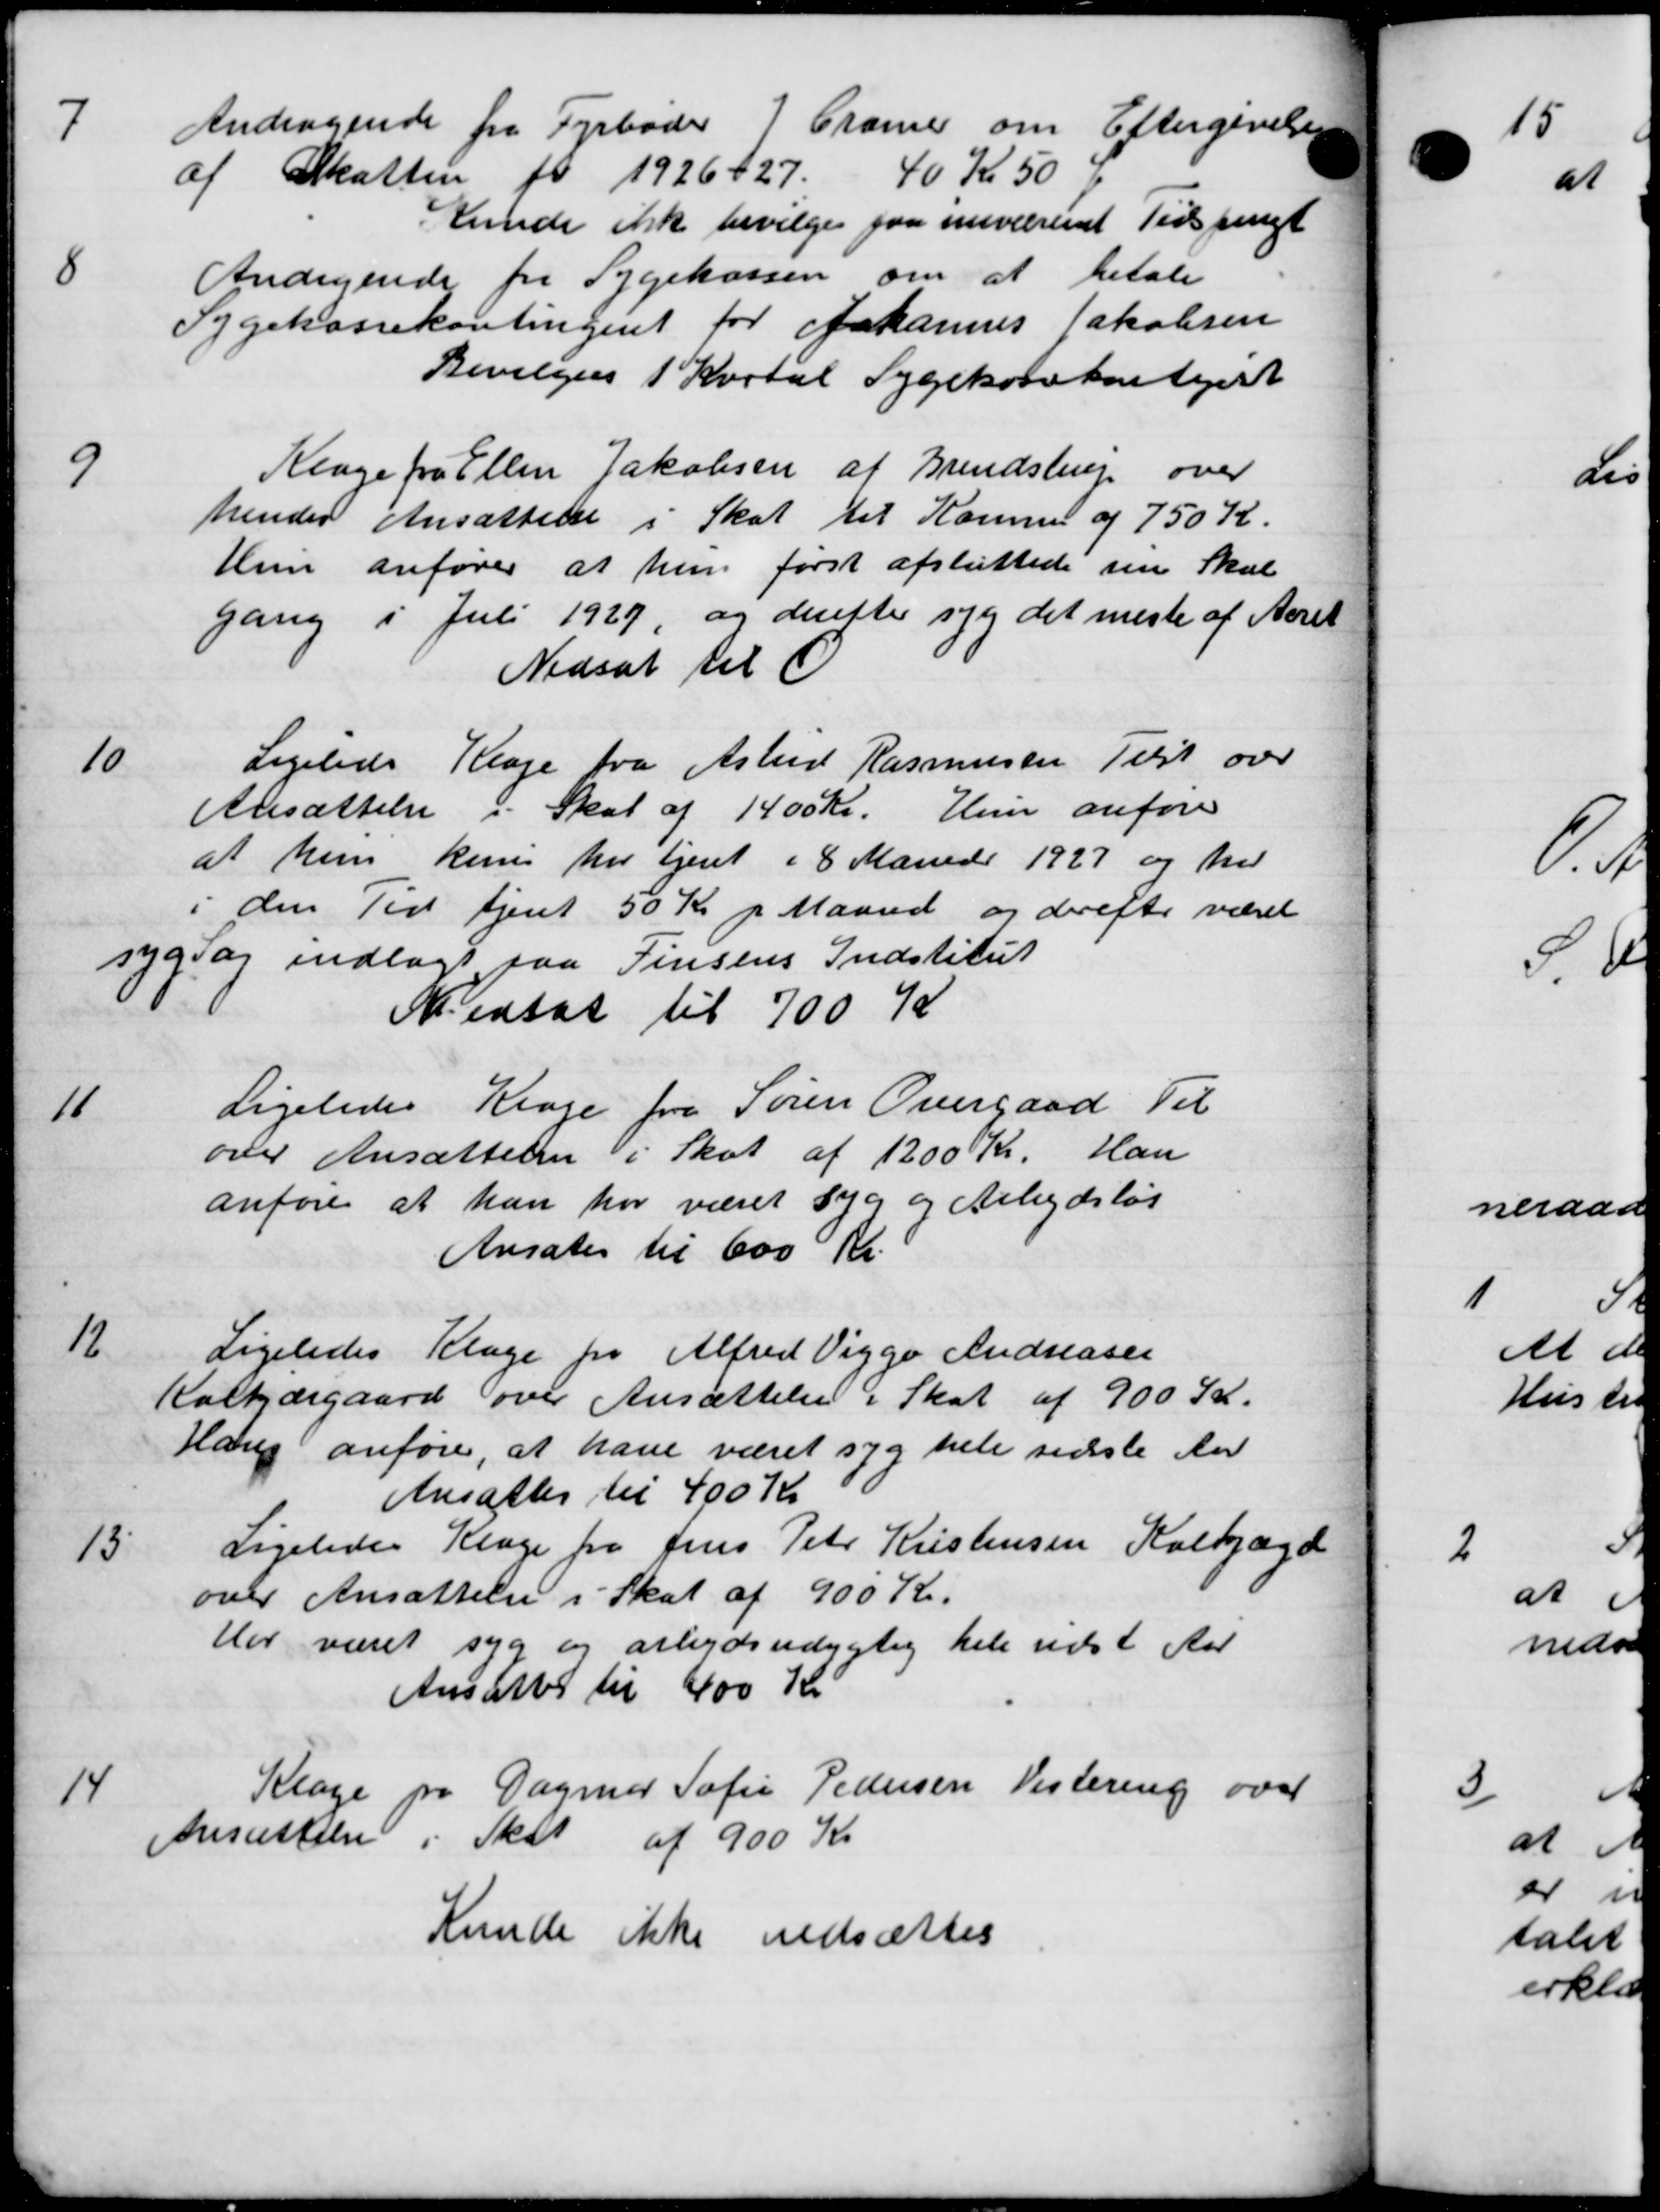
Transskription:
7
Andragende fra Fyrbøder J Cramer om Eftergivelsen
af Skatten for 1926-27. 40 Kr 50 Ø
Kunde ikke bevilges paa nuværent Tidspungt
8
Andragende fra Sygekassen om at betale
Sygekassekontingent for Johannes Jakobsen
Bevilges 1 Kartal Sygekassekontiert
9
Klage fra Ellen Jakobsen af Brendstrup over
hendes Ansættelse i Skat til Komme af 750 K
Hun anfører at hun først afsluttede sin Skal
gang i Juli 1927, og derette sig det meste af Aaret
Nedsat til C
10
Ligelede Klage fra Astrid Rasmussen Tilst over
Ansættelse i Skat af 1400 Kr. Hun anføre
at hun kun har tjent i 8 Marede 1927 og her
i den Tid tjent 50 Kr p Maaned og derefter været
syg og indlagt paa Finsens Indstitut
Nedsat til 700 K
11
Ligeledes Klage fra Søren Overgaad Til
over Ansættelser i Skat af 1200 Kr. Han
anføre at han har været syg og Arbejdsløs
Ansates til 600 Kr.
12
Ligeledes Klage pr Alfred Viggo Andreasen
Kalkjærgaard over Ansættelse i Skat af 900 Kr.
Hang anfører, at have været syg hele sidste An
Ansattes til 400 Kr
13
Ligeledes Klage fra Jens Peter Kristensen Kalkjærd
over Ansættelse i Skat af 900 Kr.
Har været syg og arbejdsudygtig hele næst Aar
Ansattes til 400 Kr
14
Klage pa Dagmar Sofie Pedersen Vestering over
Ansættelse i Skat af 900 Kr
Kunde ikke nedsættes